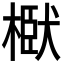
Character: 𭫞